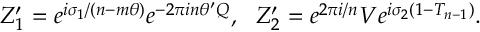
Z _ { 1 } ^ { \prime } = e ^ { i \sigma _ { 1 } / ( n - m \theta ) } e ^ { - 2 \pi i n \theta ^ { \prime } Q } , ~ ~ Z _ { 2 } ^ { \prime } = e ^ { 2 \pi i / n } V e ^ { i \sigma _ { 2 } ( 1 - T _ { n - 1 } ) } .